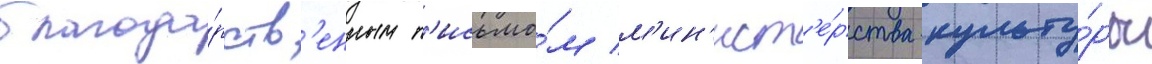
благода́рств'енным п'исьмо́м м'ин'ист'е́рства культу́ры